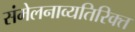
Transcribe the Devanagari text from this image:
संमेलनाव्यतिरिक्त